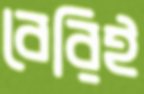
বেরিই